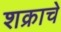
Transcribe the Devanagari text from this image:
शक्राचे